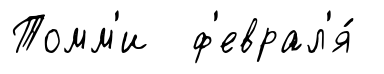
Томм'и ф'еврал'я́